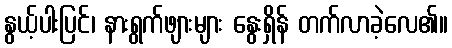
နွယ့်ပါးပြင်၊ နားရွက်ဖျားများ နွေးရှိန် တက်လာခဲ့လေ၏။